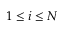
1 \leq i \leq N